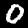
Label: 0